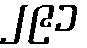
၂၉၁